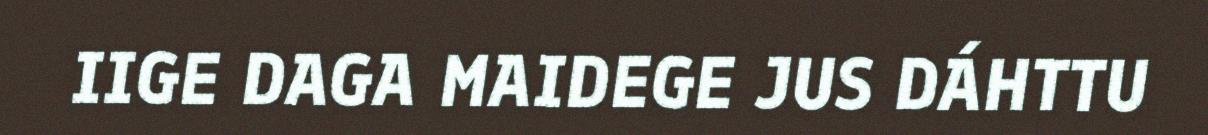
IIGE DAGA MAIDEGE JUS DÁHTTU